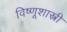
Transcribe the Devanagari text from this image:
विष्णूशास्त्री